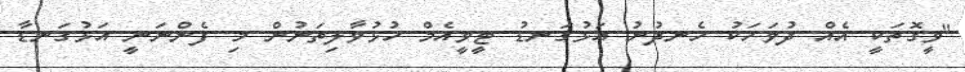
"ވީގޮތަކީ އެއް ދުވަހަކު ހެނދުނު އަޅުގަނޑު ޓީވީއެމް ހުޅުވާލިތަނުން މި ފެންނަނީ އަޅުގަނޑާ